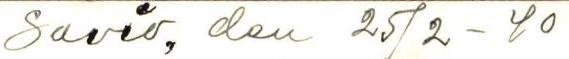
Savio, den 25/2 - 40